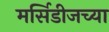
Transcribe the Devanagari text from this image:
मर्सिडीजच्या